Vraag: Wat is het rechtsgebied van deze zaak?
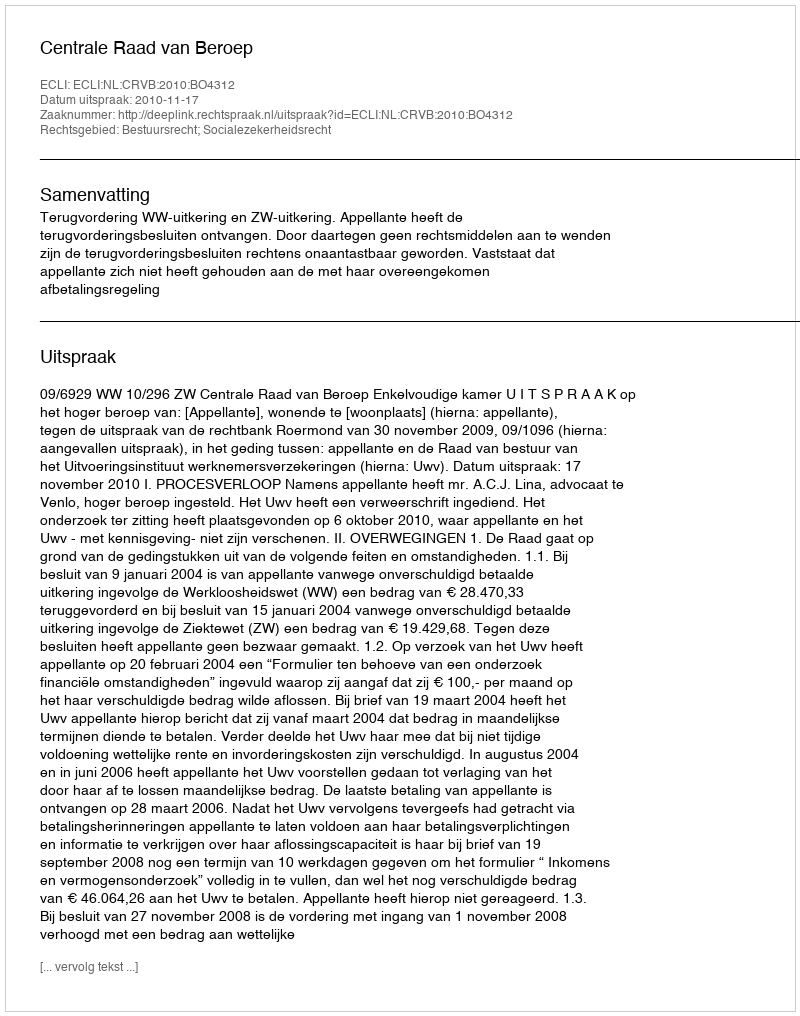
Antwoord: Bestuursrecht; Socialezekerheidsrecht